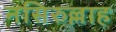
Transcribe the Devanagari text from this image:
नसिरुल्लाह